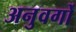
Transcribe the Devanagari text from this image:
अनुवर्गों